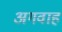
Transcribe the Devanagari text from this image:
अगवाह